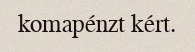
komapénzt kért.